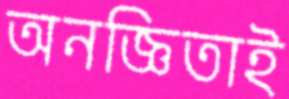
অনজ্ঞিতাই